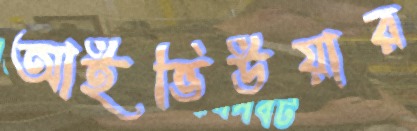
আইভিউয়ার